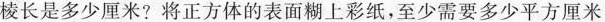
棱长是多少厘米?将正方体的表面糊上彩纸，至少需要多少平方厘米